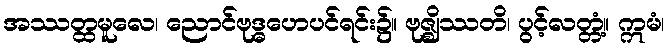
အဿတ္ထမူလေ၊ ညောင်ဗုဒ္ဓဟေပင်ရင်း၌။ ဗုဇ္ဈိဿတိ၊ ပွင့်လတ္တံ့။ ဣမံ၊